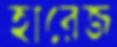
হারেজ